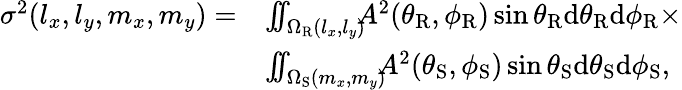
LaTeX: \begin{array}{rl}{\sigma^{2}(l_{x},l_{y},m_{x},m_{y})=}&{\int\! \! \! \int_{\Omega_{\mathrm{R}}(l_{x},l_{y})}\! \! \! A^{2}(\theta_{\mathrm{R}},\phi_{\mathrm{R}})\sin\theta_{\mathrm{R}}\mathrm{d}\theta_{\mathrm{R}}\mathrm{d}\phi_{\mathrm{R}}\times}\\ &{\int\! \! \! \int_{\Omega_{\mathrm{S}}(m_{x},m_{y})}\! \! \! A^{2}(\theta_{\mathrm{S}},\phi_{\mathrm{S}})\sin\theta_{\mathrm{S}}\mathrm{d}\theta_{\mathrm{S}}\mathrm{d}\phi_{\mathrm{S}},}\end{array}